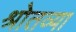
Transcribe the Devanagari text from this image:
श्रोतव्या